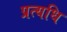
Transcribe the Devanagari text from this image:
प्रत्यधि